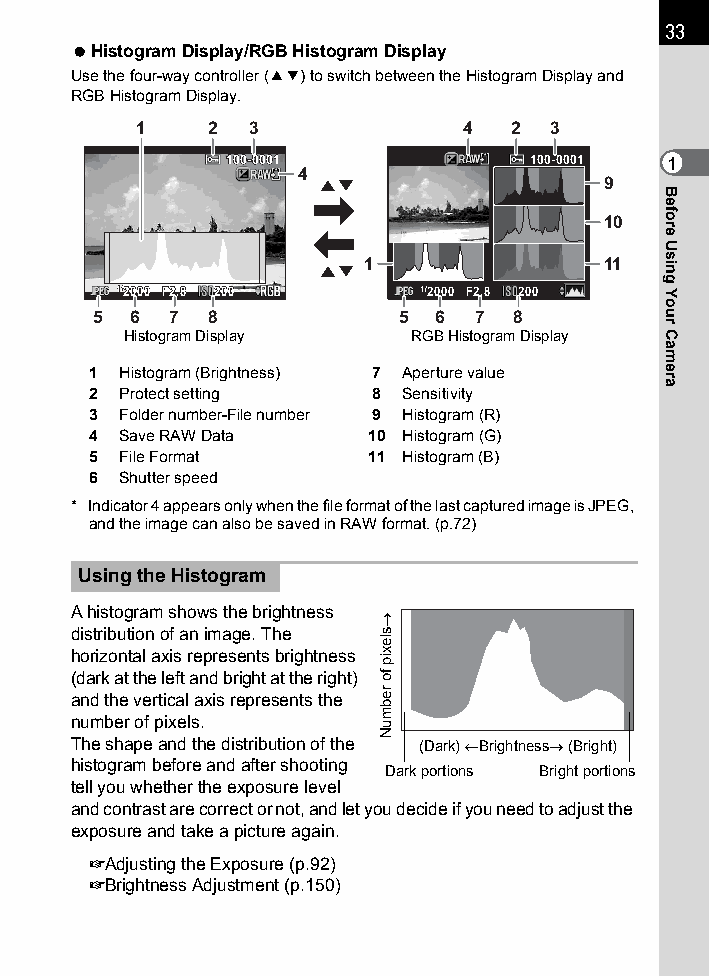
33
 Histogram Display/RGB Histogram Display
 Use the four-way controller (23) to switch between the Histogram Display and
 RGB Histogram Display.
 1    2 3             4   2 3
 110000--00000011    110000--00000011 1
 4
 9
 10
 1               11
 11//22000000 FF22..88 220000 11//22000000 FF22..88 220000
 5 6  7  8           5  6 7  8
 Histogram Display  RGB Histogram Display
 1 Histogram (Brightness) 7 Aperture value
 2 Protect setting 8 Sensitivity
 3 Folder number-File number 9 Histogram (R)
 4 Save RAW Data   10 Histogram (G)
 5 File Format     11 Histogram (B)
 6 Shutter speed
 * Indicator 4 appears only when the file format of the last captured image is JPEG,
 and the image can also be saved in RAW format. (p.72)
 Using the Histogram
 A histogram shows the brightness
 distribution of an image. The
 horizontal axis represents brightness
 (dark at the left and bright at the right)
 and the vertical axis represents the
 number of pixels.
 The shape and the distribution of the (Dark) Brightness (Bright)
 histogram before and after shooting
 Dark portions Bright portions
 tell you whether the exposure level
 and contrast are correct or not, and let you decide if you need to adjust the
 exposure and take a picture again.
 1Adjusting the Exposure (p.92)
 1Brightness Adjustment (p.150)
 slexip
 fo
 rebmuN
 Before
 Using
 Your
 Camera